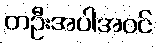
တဦးအပါအဝင်